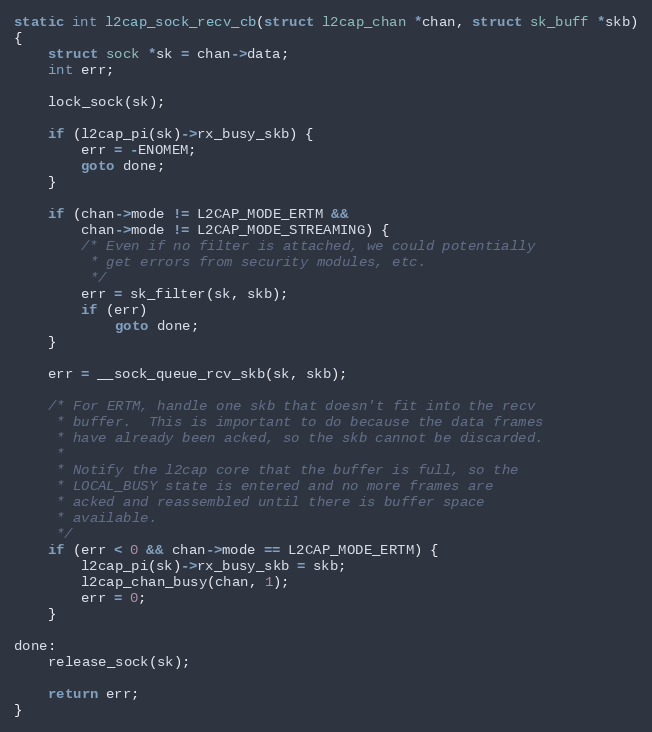
Language: C
static int l2cap_sock_recv_cb(struct l2cap_chan *chan, struct sk_buff *skb)
{
	struct sock *sk = chan->data;
	int err;

	lock_sock(sk);

	if (l2cap_pi(sk)->rx_busy_skb) {
		err = -ENOMEM;
		goto done;
	}

	if (chan->mode != L2CAP_MODE_ERTM &&
	    chan->mode != L2CAP_MODE_STREAMING) {
		/* Even if no filter is attached, we could potentially
		 * get errors from security modules, etc.
		 */
		err = sk_filter(sk, skb);
		if (err)
			goto done;
	}

	err = __sock_queue_rcv_skb(sk, skb);

	/* For ERTM, handle one skb that doesn't fit into the recv
	 * buffer.  This is important to do because the data frames
	 * have already been acked, so the skb cannot be discarded.
	 *
	 * Notify the l2cap core that the buffer is full, so the
	 * LOCAL_BUSY state is entered and no more frames are
	 * acked and reassembled until there is buffer space
	 * available.
	 */
	if (err < 0 && chan->mode == L2CAP_MODE_ERTM) {
		l2cap_pi(sk)->rx_busy_skb = skb;
		l2cap_chan_busy(chan, 1);
		err = 0;
	}

done:
	release_sock(sk);

	return err;
}